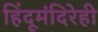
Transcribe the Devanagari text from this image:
हिंदूमंदिरेही